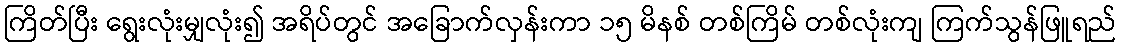
ကြိတ်ပြီး ရွေးလုံးမျှလုံး၍ အရိပ်တွင် အခြောက်လှန်းကာ ၁၅ မိနစ် တစ်ကြိမ် တစ်လုံးကျ ကြက်သွန်ဖြူရည်